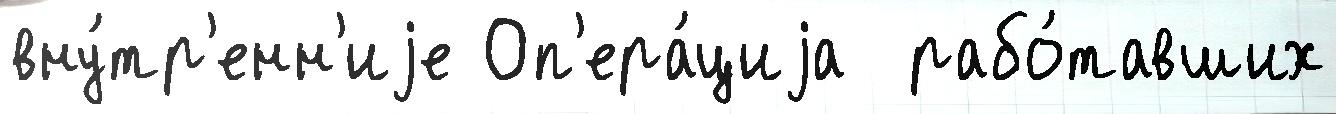
вну́тр'енн'иjе Оп'ера́циjа  рабо́тавших